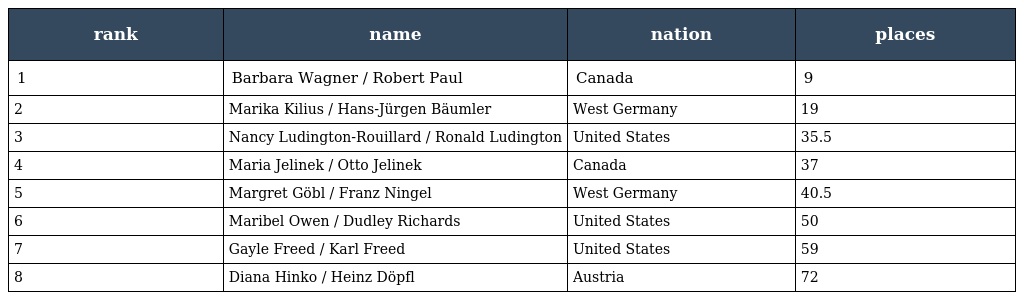
| rank | name | nation | places |
 | --- | --- | --- | --- |
 | 1 | Barbara Wagner / Robert Paul | Canada | 9 |
 | 2 | Marika Kilius / Hans-Jürgen Bäumler | West Germany | 19 |
 | 3 | Nancy Ludington-Rouillard / Ronald Ludington | United States | 35.5 |
 | 4 | Maria Jelinek / Otto Jelinek | Canada | 37 |
 | 5 | Margret Göbl / Franz Ningel | West Germany | 40.5 |
 | 6 | Maribel Owen / Dudley Richards | United States | 50 |
 | 7 | Gayle Freed / Karl Freed | United States | 59 |
 | 8 | Diana Hinko / Heinz Döpfl | Austria | 72 |